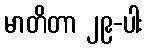
မာတိတာ ၂၉-ပါး